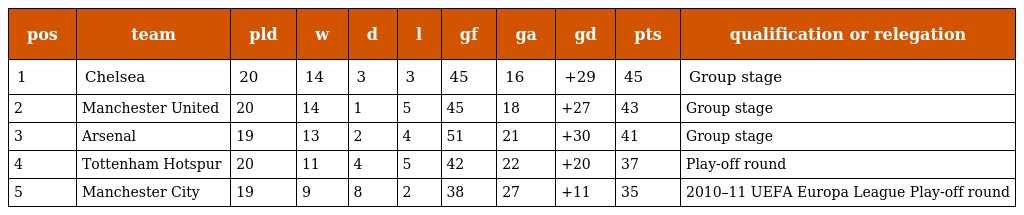
| pos | team | pld | w | d | l | gf | ga | gd | pts | qualification or relegation |
 | --- | --- | --- | --- | --- | --- | --- | --- | --- | --- | --- |
 | 1 | Chelsea | 20 | 14 | 3 | 3 | 45 | 16 | +29 | 45 | Group stage |
 | 2 | Manchester United | 20 | 14 | 1 | 5 | 45 | 18 | +27 | 43 | Group stage |
 | 3 | Arsenal | 19 | 13 | 2 | 4 | 51 | 21 | +30 | 41 | Group stage |
 | 4 | Tottenham Hotspur | 20 | 11 | 4 | 5 | 42 | 22 | +20 | 37 | Play-off round |
 | 5 | Manchester City | 19 | 9 | 8 | 2 | 38 | 27 | +11 | 35 | 2010–11 UEFA Europa League Play-off round |